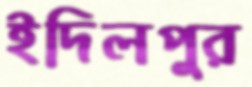
ইদিলপুর